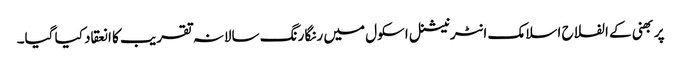
پربھنی کے الفلاح اسلامک انٹرنیشنل اسکول میں رنگا رنگ سالانہ تقریب کا انعقاد کیا گیا۔